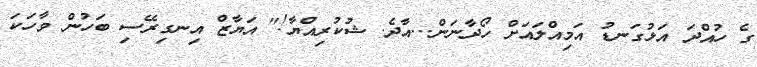
ގެ ހުއްދަ އަޅުގަނޑު އަމިއްލައަށް ހޯދާނަން...އާދެ. ޝުކުރިއްޔާ!" އަޔާޒް އިނގިރޭސި ބަހުން ވާހަކަ